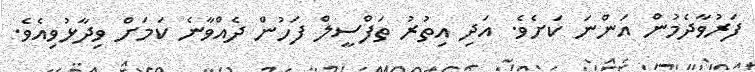
ފަރުވާދެމުން އަންނަ ކަށެވެ. އަދި އިތުރު ތަފްސީލް ފަހުން ދެއްވާނެ ކަމަށް ވިދާޅުވިއެވެ.